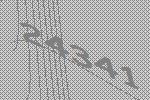
24341